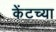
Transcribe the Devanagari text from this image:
केंटच्या